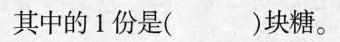
其中的1份是( )块糖。